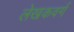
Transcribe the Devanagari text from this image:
लेखकवर्ग